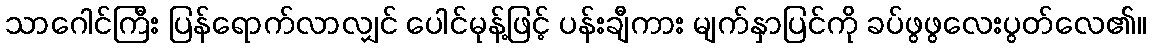
သာဂေါင်ကြီး ပြန်ရောက်လာလျှင် ပေါင်မုန့်ဖြင့် ပန်းချီကား မျက်နှာပြင်ကို ခပ်ဖွဖွလေးပွတ်လေ၏။